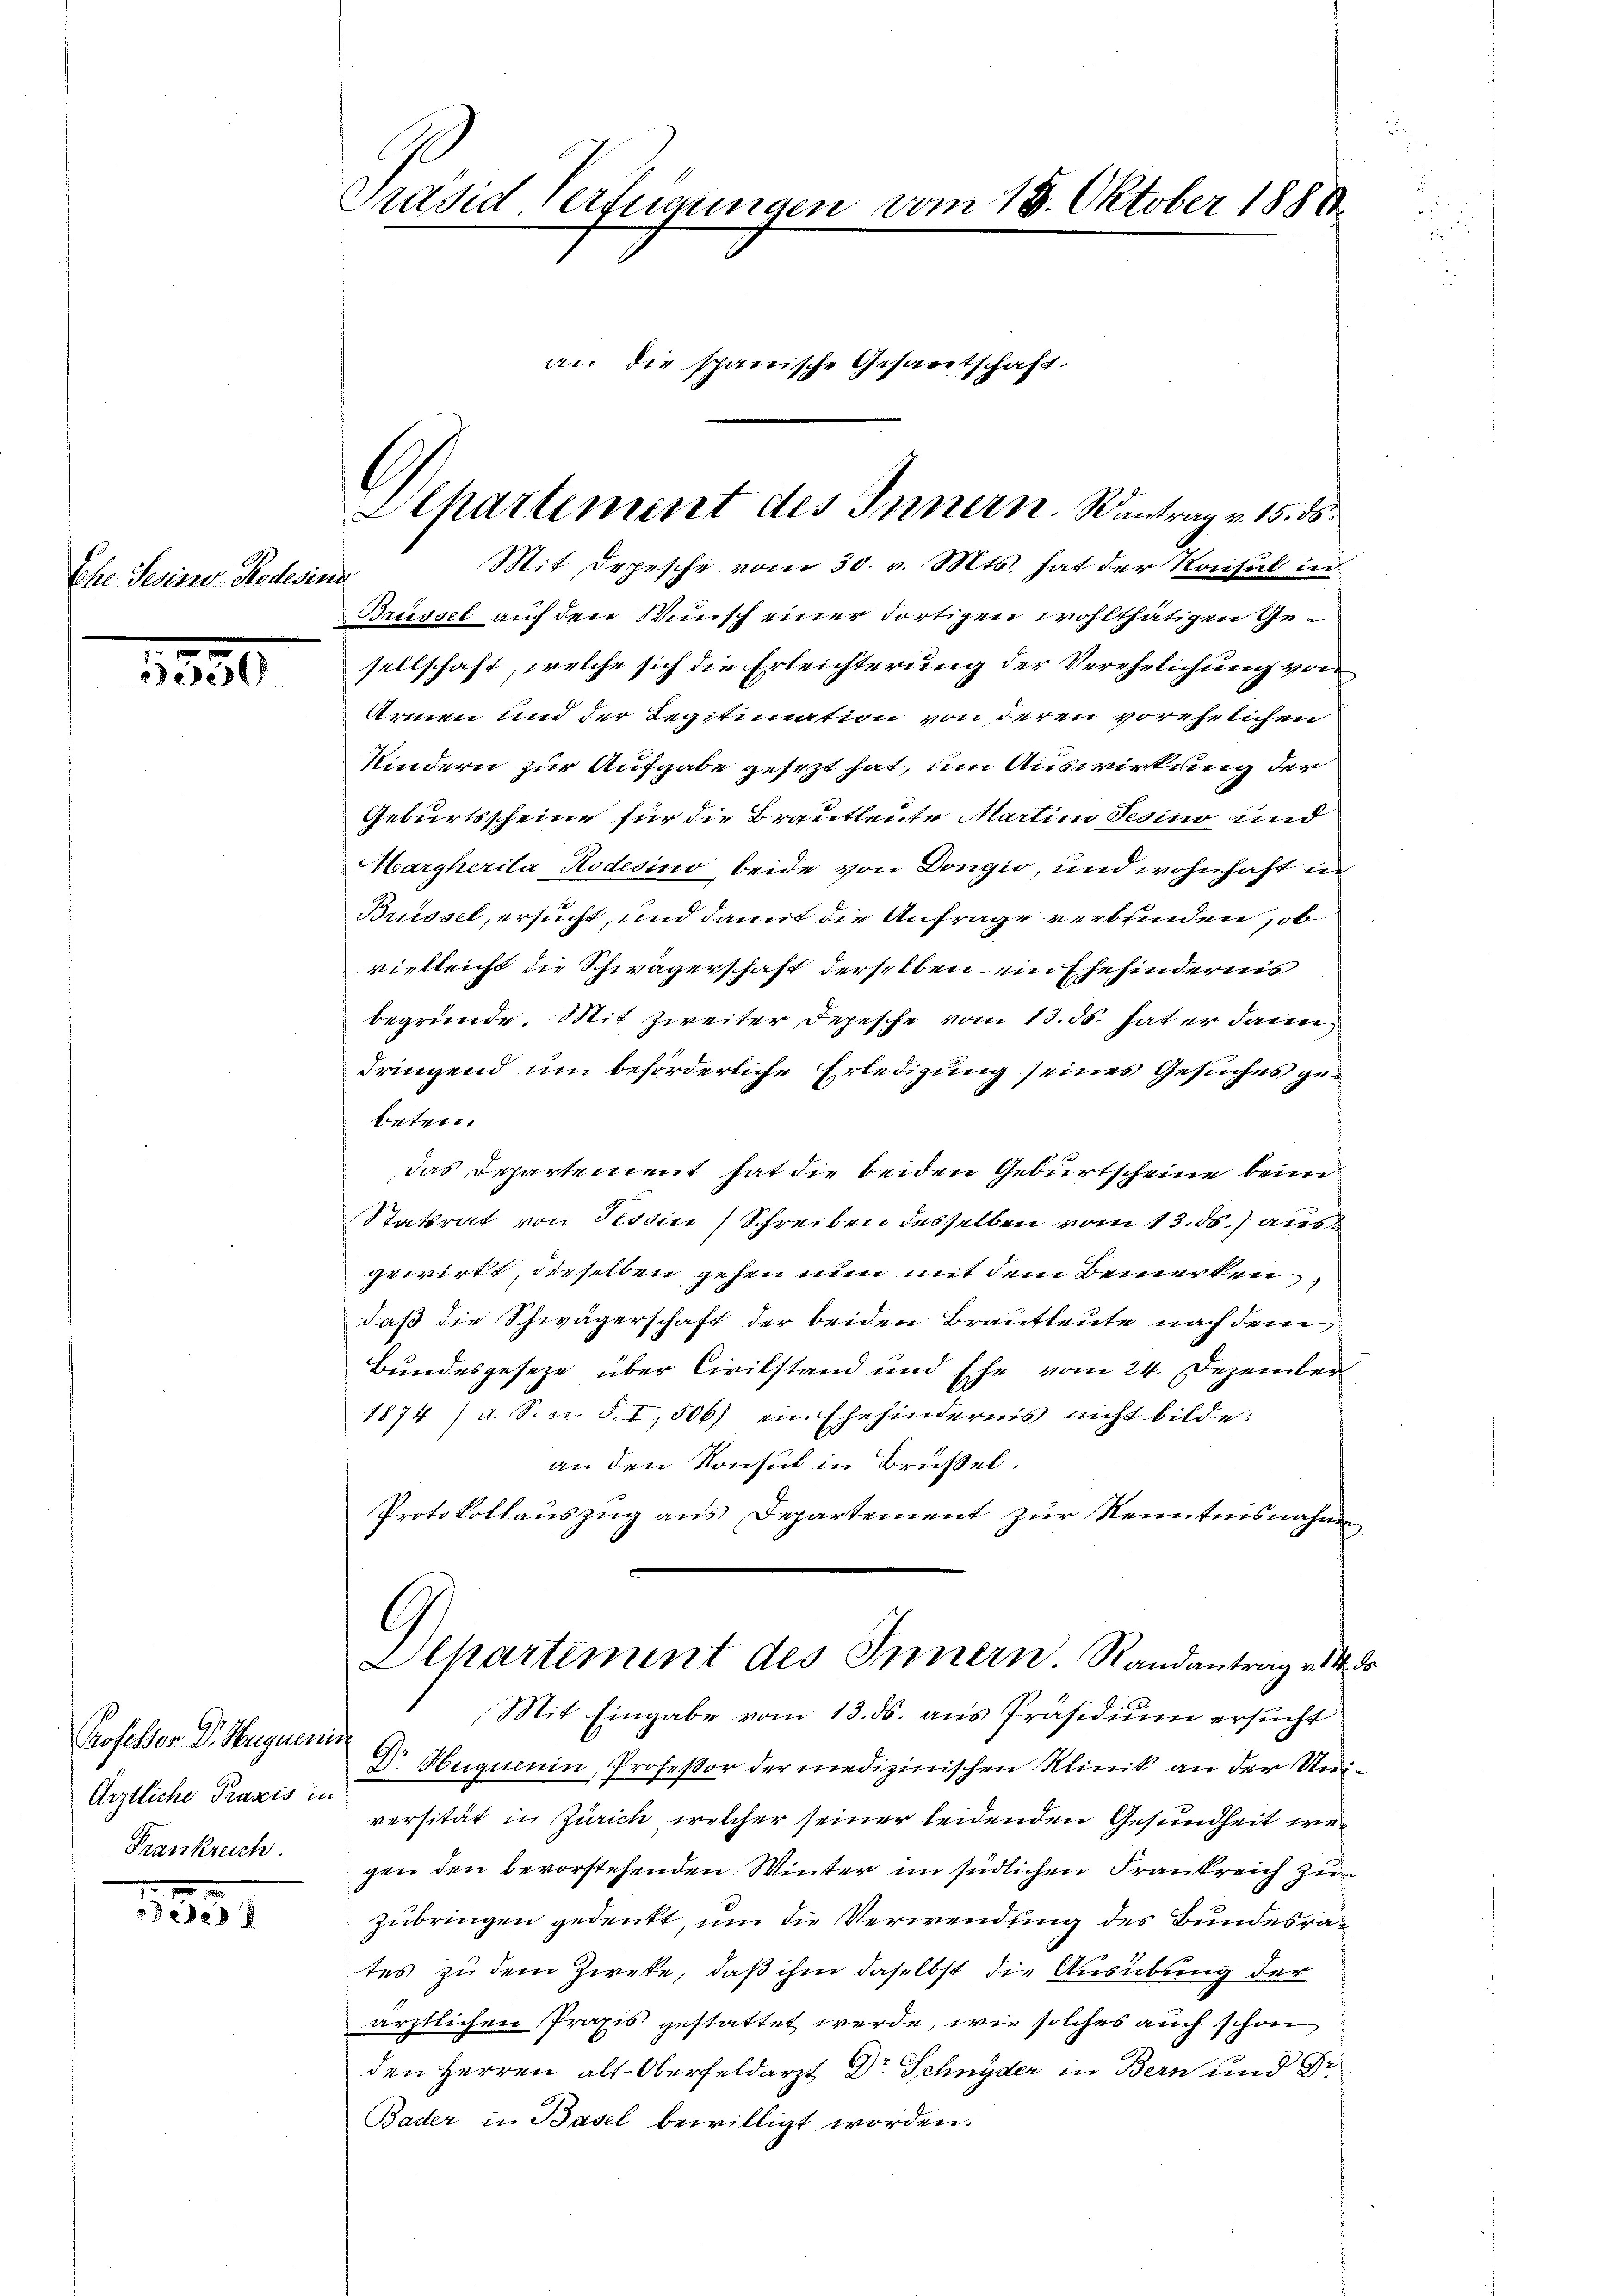
Ehe Gesino-Rodesin

5550

Professor Dr. Hugueni
Ärztliche Praxis in
Frankreich.

1831.

Prasid Verfügungen vom 18. Oktober 1888
an die schanische Gesantschaft.

Apartement des Innern. Wantrag v. 15. ds.

Mit Depesche vom 30. v. Mts. hat der Konsul in
c
Brüssel auf den Wunsch einer dortigen wohlthätigen Gesellschaft, welche sich die Erleichterung der Verehelichung von
Armen und der Legitimation von deren vorehelichen
Kindern zur Aufgabe gesezt hat, um Auswirkung der
Geburtsscheine für die Brautleute Martin Sesino und
Margherita Rodesino beide von Dongio, und wohnhaft in
Brüssel, ersucht, und damit die Anfrage verbunden, ob
vielleicht die Schwägerschaft derselben um Ehehindernis
begründe. Mit Zweiter Depesche vom 13. ds. hat er dann
dringend um beförderliche Erledigung seines Gesuches gebeten.
das Departement hat die beiden Geburtscheine beim
Statsrat von Tessin, Schreiben desselben vom 13. ds. aus
gewirkt, dieselben gehen nun mit dem Bemerken
daß die Schwägerschaft der beiden Brautleute nach dem
Bundesgeseze über Civilstand und Ehe vom 24. Dezember
1874 / a. S. u. § I, 506) ein Ehehindernis nicht bilde:
an den Konsul in Brüßel.
Protokollauszug aus Departement zur Kenntnisnahme
Alhartement des Innern. Randantrag v. 14. ds
Mit Eingabe vom 13. ds. aus Präsidium ersucht
i
Dr Huquenin, Professor der medizinischen Klinik an der Universität in Zürich welcher seiner leidenden Gesundheit wegen den bevorstehenden Winter im südlichen Frankreich zu
zubringen gedenkt, um die Verwendung des Bundesrates zu dem Zweke, daß ihm daselbst die Ausübung der
ärztlichen Praxis gestattet werde, wie solches auch schon
den Herren alt-Oberfeldarzt Dr Schnyder in Bern und Dr.
Bader in Basel bewilligt worden.